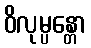
ဝိလုမ္ပန္တော